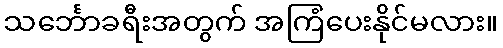
သင်္ဘောခရီးအတွက် အကြံပေးနိုင်မလား။